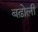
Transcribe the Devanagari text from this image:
बढ़ोली